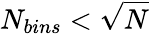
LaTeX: N_{bins}<\sqrt{N}